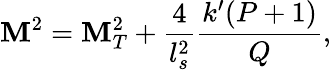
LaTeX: \mathbf{M}^{2}=\mathbf{M}_{T}^{2}+\frac{{4}}{{l_{s}^{2}}}\frac{{k^{\prime}(P+1)}}{{Q}},